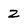
Character: z